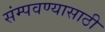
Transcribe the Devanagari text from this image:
संम्पवण्यासाठी